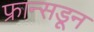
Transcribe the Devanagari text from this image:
फ्रान्सडून